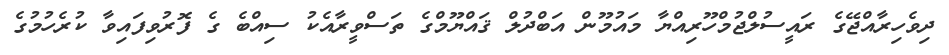
ދިވެހިރާއްޖޭގެ ރައީސުލްޖުމްހޫރިއްޔާ މައުމޫން އަބްދުލް ޤައްޔޫމްގެ ތަސްވީރާއެކު ސިއްބެ ގެ ފޮރުވިފައިވާ ކުރެހުމުގެ